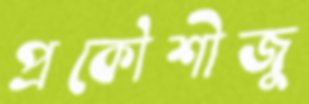
প্রকৌশীজু